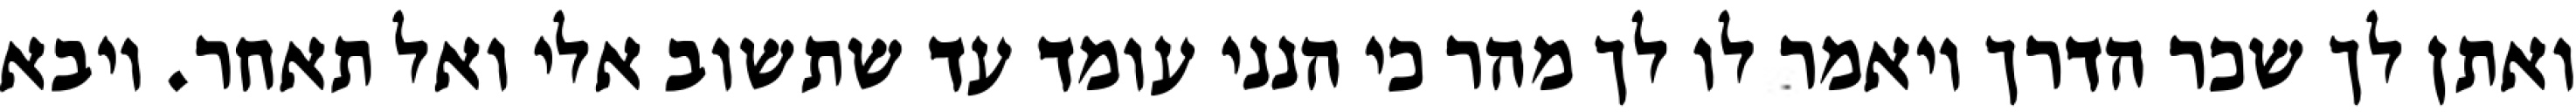
ואתן לך שכר הדרך ויאמר לו לך מהר כי הנני עומד עד שתשוב אלי ואל תאחר. ויבא